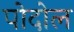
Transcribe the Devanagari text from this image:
पोदोल